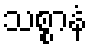
သစ္စာနံ